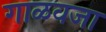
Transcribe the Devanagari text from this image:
गाळवजा